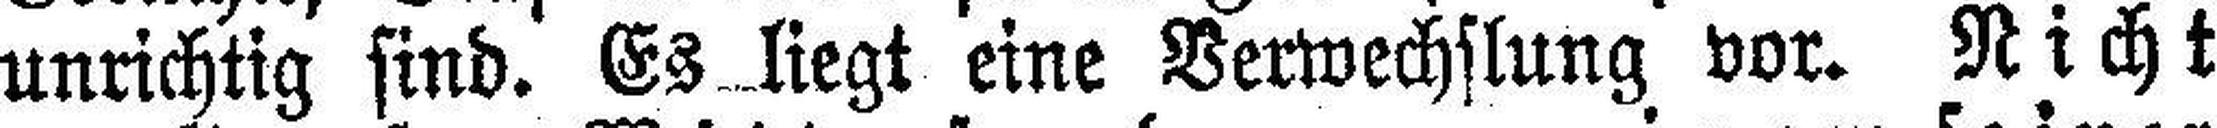
unrichtig sind. Es liegt eine Verwechslung vor. Nicht